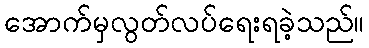
အောက်မှလွတ်လပ်ရေးရခဲ့သည်။